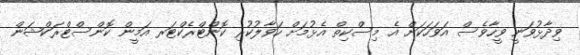
ވިދާޅުވަނީ ވީހާވެސް އަވަހަކަށް އެ މިސްކިތް އެޅުމަށް ހަވާލުކުރި ކޮންޓްރެކްޓަރ އަމީން ކޮންސްޓްރަކްޝަން